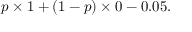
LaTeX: p \times 1 + ( 1 - p ) \times 0 - 0 . 0 5 .